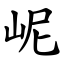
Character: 㞾